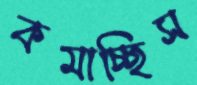
কমাচ্ছিস